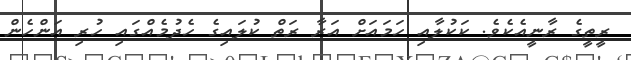
ރީތީގެ ރާނީއެކެވެ. ކަކުލާއި ހަމައަށް އަރާ ރަތް ކުލައިގެ ހެދުމެއްގައި ހުރި އަންހެން